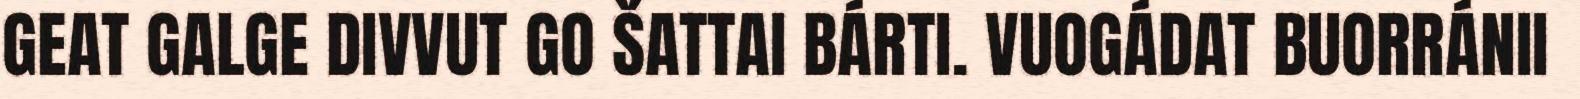
GEAT GALGE DIVVUT GO ŠATTAI BÁRTI. VUOGÁDAT BUORRÁNII